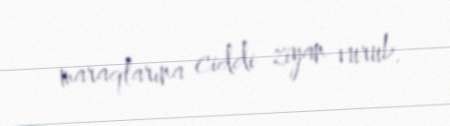
maraqlarına ciddi ziyan vurub.